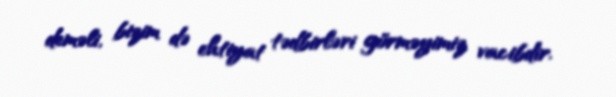
deməli, bizim də ehtiyat tədbirləri görməyimiz vacibdir.